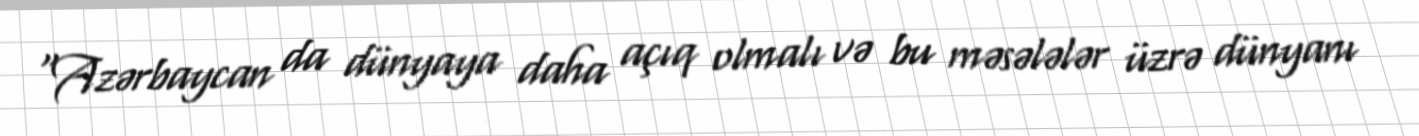
"Azərbaycan da dünyaya daha açıq olmalı və bu məsələlər üzrə dünyanı